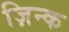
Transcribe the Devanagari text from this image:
ज़िन्क